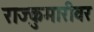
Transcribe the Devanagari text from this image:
राज्कुमारीवर